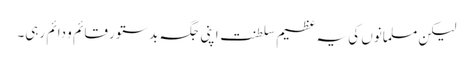
لیکن مسلمانوں کی یہ عظیم سلطنت اپنی جگہ بدستور قائم و دائم رہی۔